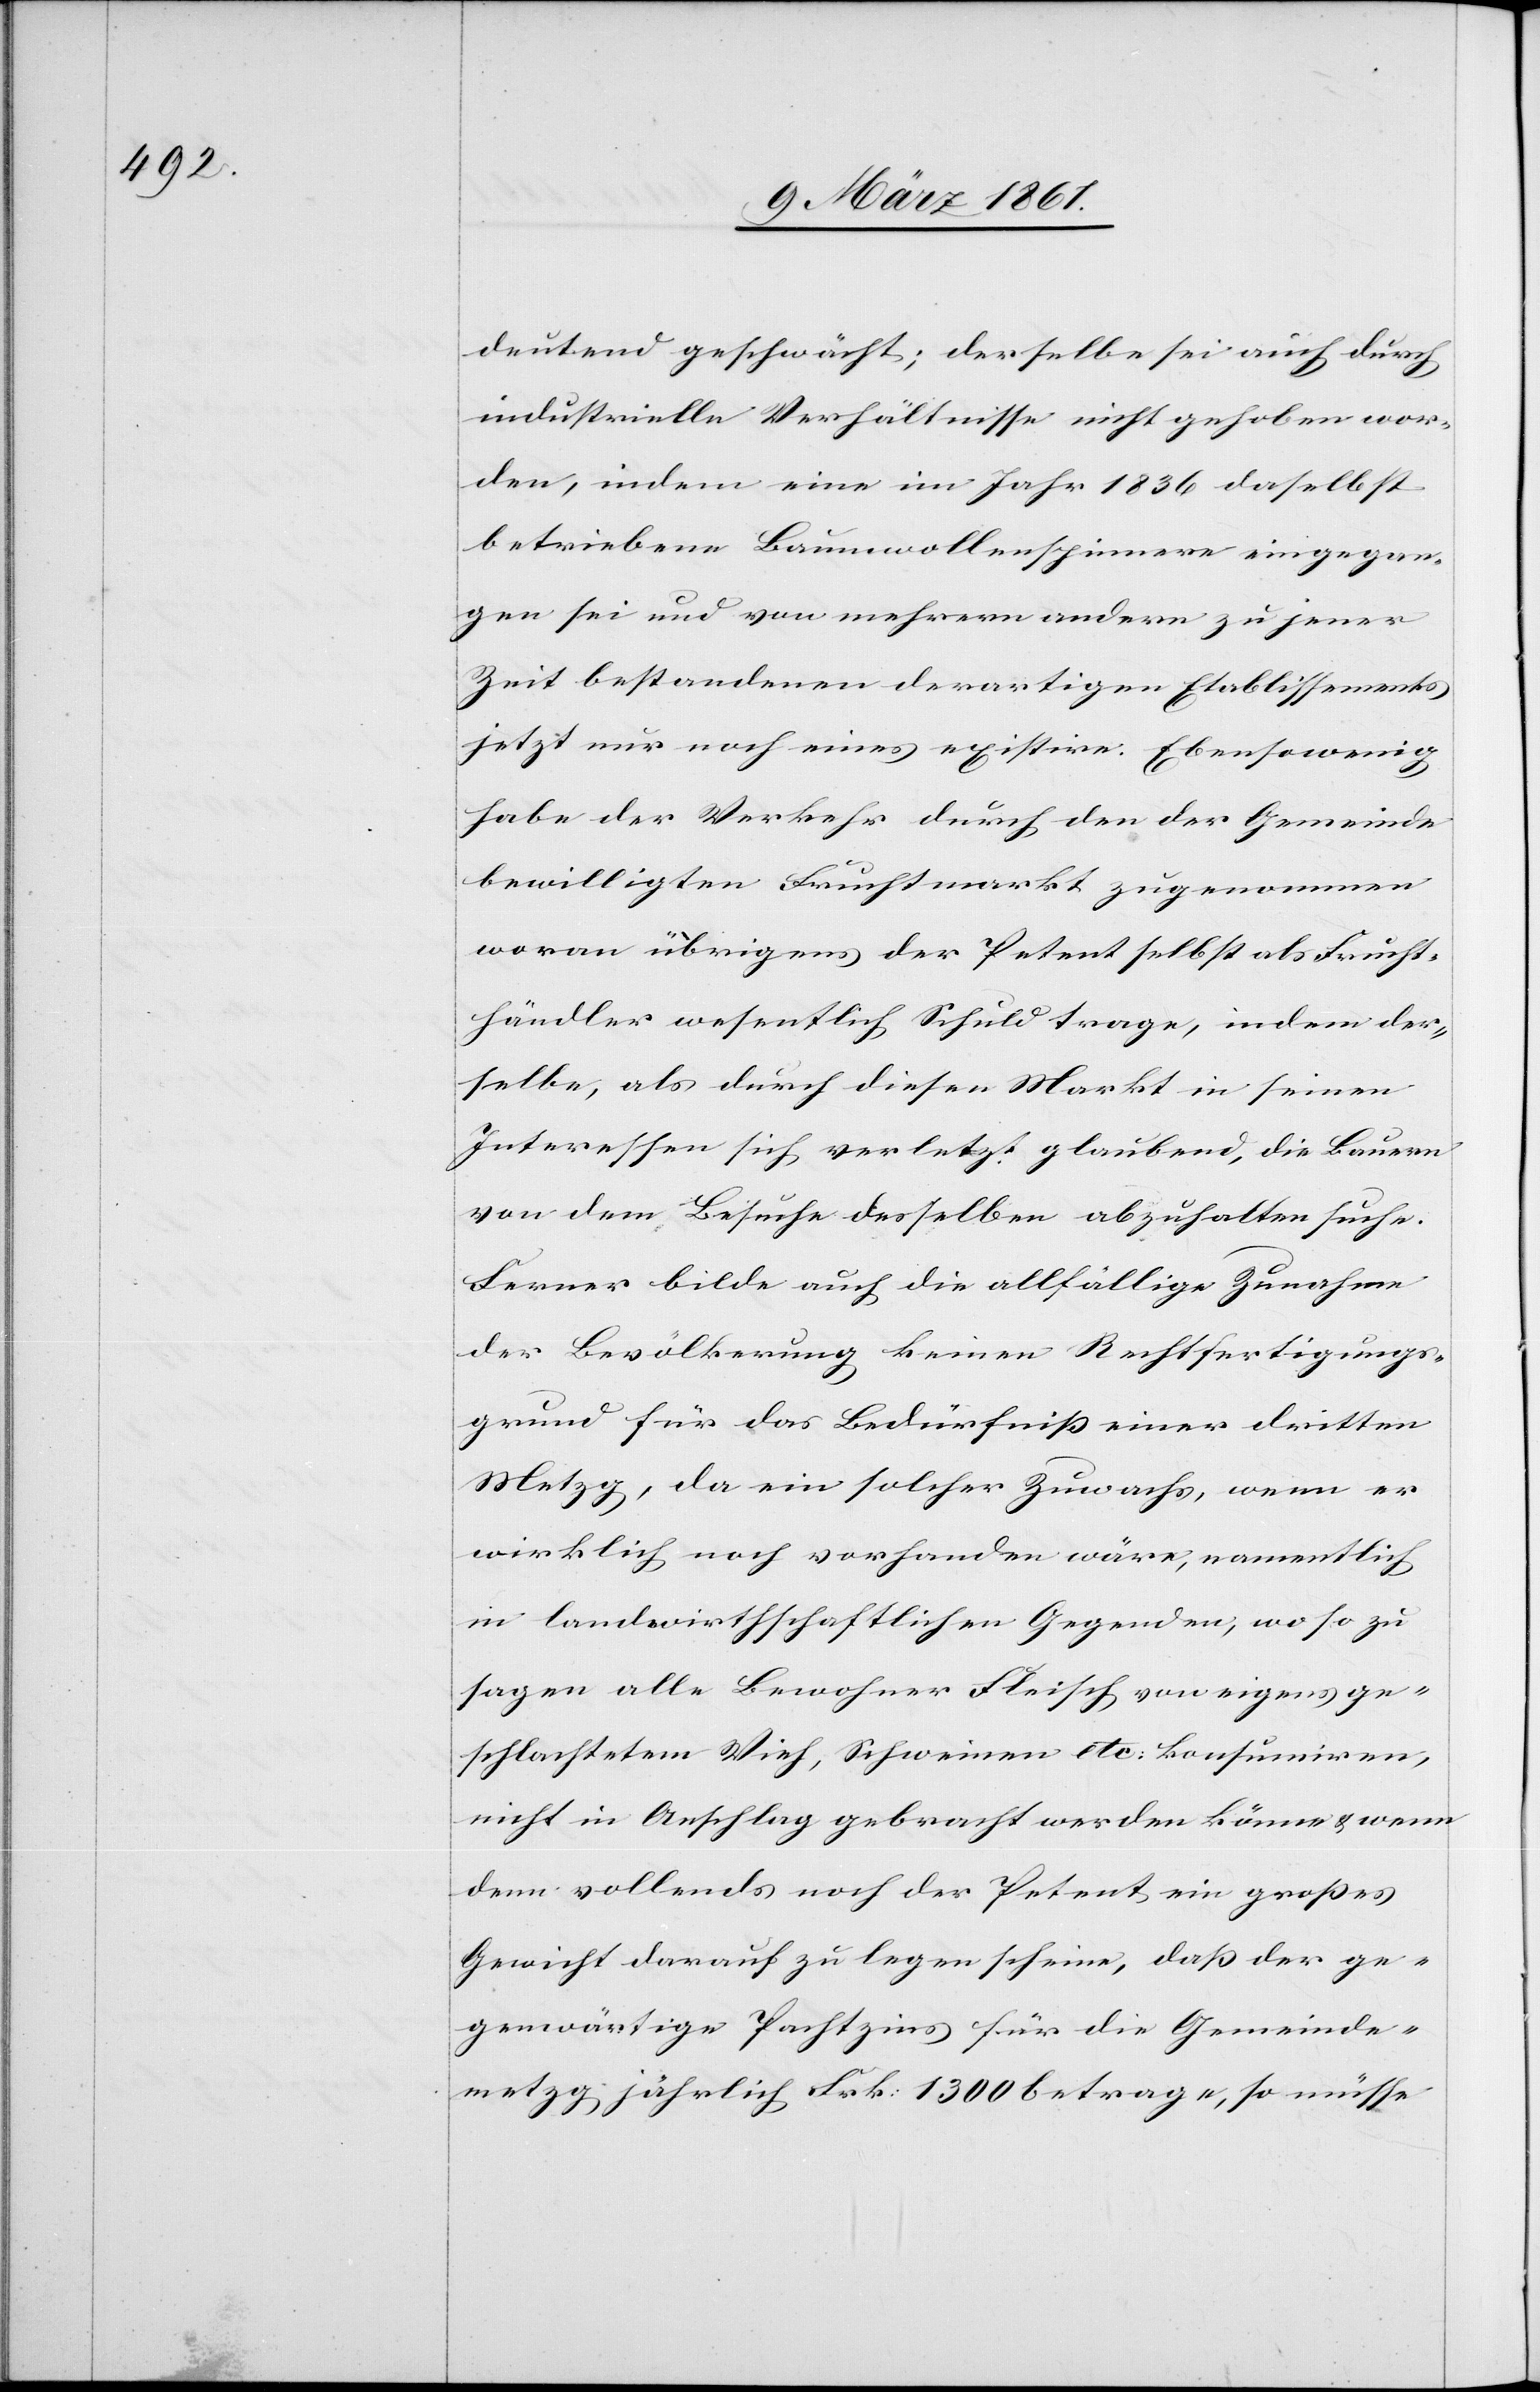
deutend geschwächt; derselbe sei auch durch
industrielle Verhältnisse nicht gehoben wor¬
den, indem eine im Jahr 1836 daselbst
betriebene Baumwollenspinnere[i] eingegan¬
gen sei und von mehrern andern zu jener
Zeit bestandenen derartigen Etablissements
jetzt nur noch eines existire. Ebensowenig
habe der Verkehr durch den der Gemeinde
bewilligten Fruchtmarkt zugenommen
woran übrigens der Petent selbst als Frucht¬
händler wesentlich Schuld trage, indem der¬
selbe, als durch diesen Markt in seinen
Interessen sich verletzt glaubend, die Bauern
von dem Besuche desselben abzuhalten suche.
Ferner bilde auch die allfällige Zunahme
der Bevölkerung keinen Rechtfertigungs¬
grund für das Bedürfniss einer dritten
Metzg, da ein solcher Zuwachs, wenn er
wirklich noch vorhanden wäre, namentlich
in landwirthschaftlichen Gegenden, wo so zu
sagen alle Bewohner Fleisch von eigens ge¬
schlachtetem Vieh, Schweinen etc: konsumiren,
nicht in Anschlag gebracht werden könne u. wenn
denn vollends noch der Petent ein grosses
Gewicht darauf zu legen scheine, dass der ge¬
genwärtige Pachtzins für die Gemeinde¬
metzg jährlich Frk: 1300 betrage, so müsse